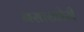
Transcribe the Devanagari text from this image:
नसाखोरी